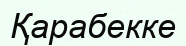
Қарабекке